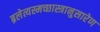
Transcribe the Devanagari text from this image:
ब्रलेत्यस्मच्छास्त्रानुसारेण